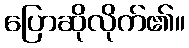
ပြောဆိုလိုက်၏။